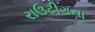
રાઉટીગના